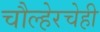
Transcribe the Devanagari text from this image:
चौल्हेरचेही